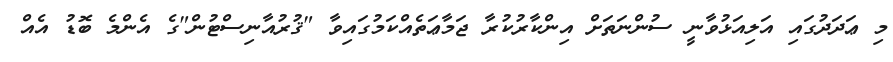
މި ޢަދަދުގައި އަލިއަޅުވާނީ ސުންނަތަށް އިންކާރުކުރާ ޖަމާޢަތެއްކަމުގައިވާ "ޤުރުއާނިސްޓުން"ގެ އެންމެ ބޮޑު އެއް